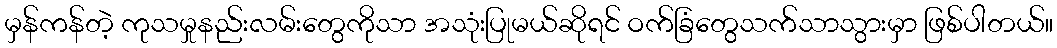
မှန်ကန်တဲ့ ကုသမှုနည်းလမ်းတွေကိုသာ အသုံးပြုမယ်ဆိုရင် ဝက်ခြံတွေသက်သာသွားမှာ ဖြစ်ပါတယ်။